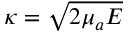
\kappa = \sqrt { 2 \mu _ { a } E }